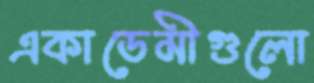
একাডেমীগুলো